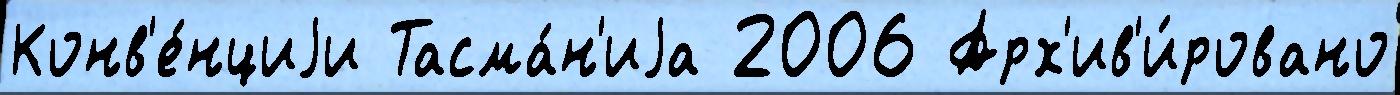
Конв'е́нциjи Тасма́н'иjа 2006 Арх'ив'и́ровано